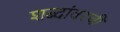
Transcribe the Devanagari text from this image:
शब्दांवरची